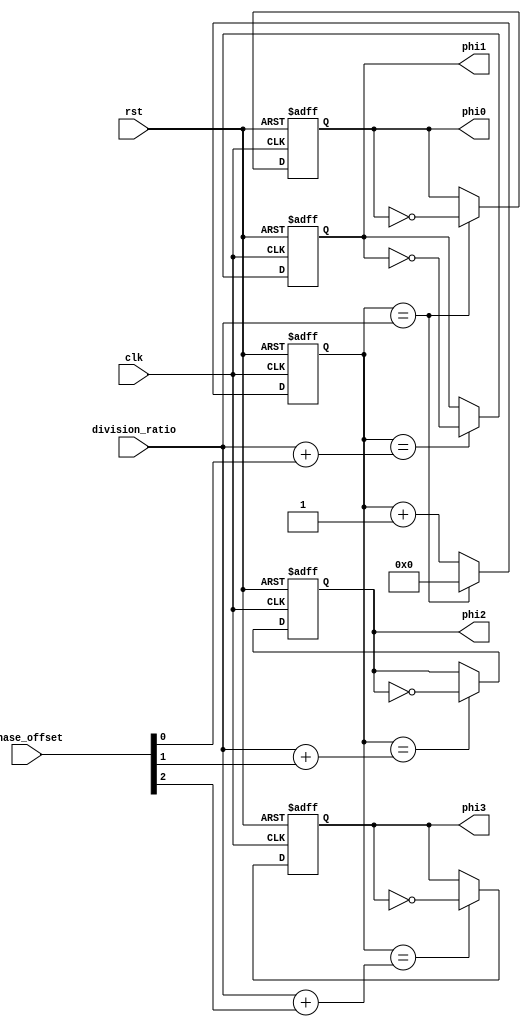
module multi_phase_clock_divider (
    input wire clk,
    input wire rst,
    input wire [3:0] division_ratio,
    input wire [3:0] phase_offset,
    output reg phi0,
    output reg phi1,
    output reg phi2,
    output reg phi3
);

reg [7:0] counter;

always @(posedge clk or posedge rst) begin
    if (rst) begin
        counter <= 8'h00;
        phi0 <= 1'b0;
        phi1 <= 1'b0;
        phi2 <= 1'b0;
        phi3 <= 1'b0;
    end else begin
        counter <= counter + 1;
        if (counter == division_ratio) begin
            counter <= 8'h00;
            phi0 <= ~phi0;
        end
        if (counter == (division_ratio + phase_offset[0])) begin
            phi1 <= ~phi1;
        end
        if (counter == (division_ratio + phase_offset[1])) begin
            phi2 <= ~phi2;
        end
        if (counter == (division_ratio + phase_offset[2])) begin
            phi3 <= ~phi3;
        end
    end
end

endmodule